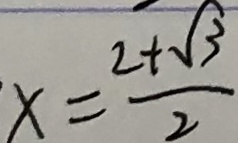
x = \frac { 2 + \sqrt { 3 } } { 2 }